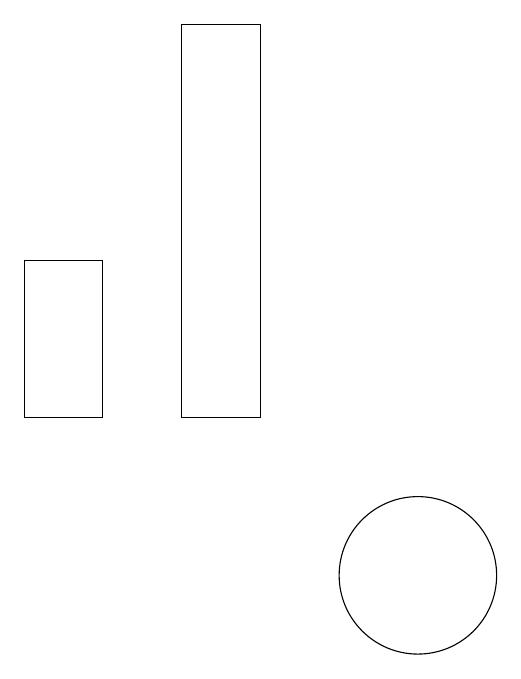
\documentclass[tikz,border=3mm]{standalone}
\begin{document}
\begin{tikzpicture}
\draw (10,10) circle (1);
\draw (5,12) rectangle (6,14);
\draw (8,17) rectangle (7,12);
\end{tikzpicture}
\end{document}